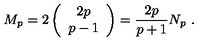
M _ { p } = 2 \left( \begin{array} { c } { 2 p } \\ { p - 1 } \\ \end{array} \right) = \frac { 2 p } { p + 1 } N _ { p } \ .